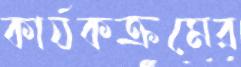
কার্যকক্রমের